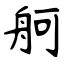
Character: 舸